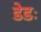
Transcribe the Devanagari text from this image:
डेडः